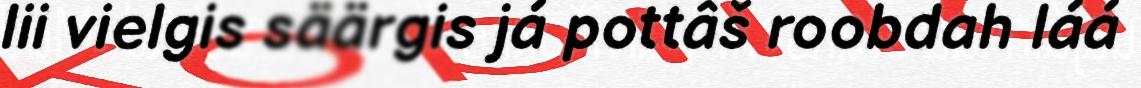
lii vielgis säärgis já pottâš roobdah láá